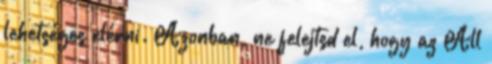
lehetséges elérni. Azonban, ne felejtsd el, hogy az All